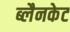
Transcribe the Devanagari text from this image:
ब्लैनकेट